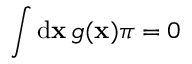
\int \operatorname { d \mathbf { x } } g ( \mathbf { x } ) \pi = 0